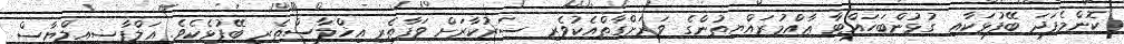
ކޮންމެފަދަ ބޭފުޅަކާއި ގުޅުންބަހައްޓާ ޢާއްމުރައްޔިތުންގެ ވަރަށްގާތްއެކުވެރި ސަރުކާރަށް ވަފާތެރި އިޚްލާސްތެރި ބޭފުޅެކެވެ. އަލްފާޟިއިލްޔާސް